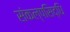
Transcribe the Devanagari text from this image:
संकल्पसिद्धि